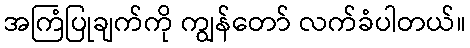
အကြံပြုချက်ကို ကျွန်တော် လက်ခံပါတယ်။